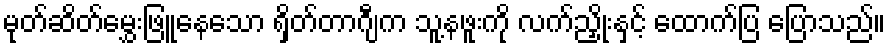
မုတ်ဆိတ်မွှေးဖြူနေသော ရှိတ်တာဂျီက သူ့နဖူးကို လက်ညှိုးနှင့် ထောက်ပြ ပြောသည်။